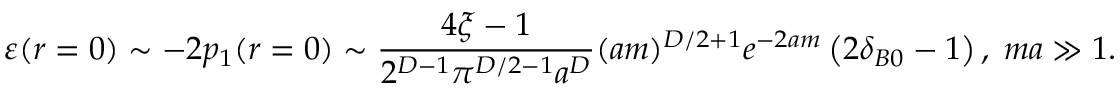
\varepsilon ( r = 0 ) \sim - 2 p _ { 1 } ( r = 0 ) \sim \frac { 4 \xi - 1 } { 2 ^ { D - 1 } \pi ^ { D / 2 - 1 } a ^ { D } } ( a m ) ^ { D / 2 + 1 } e ^ { - 2 a m } \left( 2 \delta _ { B 0 } - 1 \right) , \; m a \gg 1 .